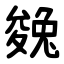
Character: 㕙